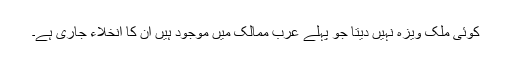
کوئی ملک ویزہ نہیں دیتا جو پہلے عرب ممالک میں موجود ہیں ان کا انخلاء جاری ہے۔